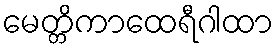
မေတ္တိကာထေရီဂါထာ